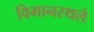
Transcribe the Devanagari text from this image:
विमानस्थले